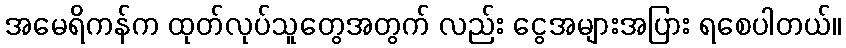
အမေရိကန်က ထုတ်လုပ်သူတွေအတွက် လည်း ငွေအများအပြား ရစေပါတယ်။